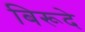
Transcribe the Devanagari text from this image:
बिरूदे